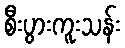
စီးပွားကူးသန်း